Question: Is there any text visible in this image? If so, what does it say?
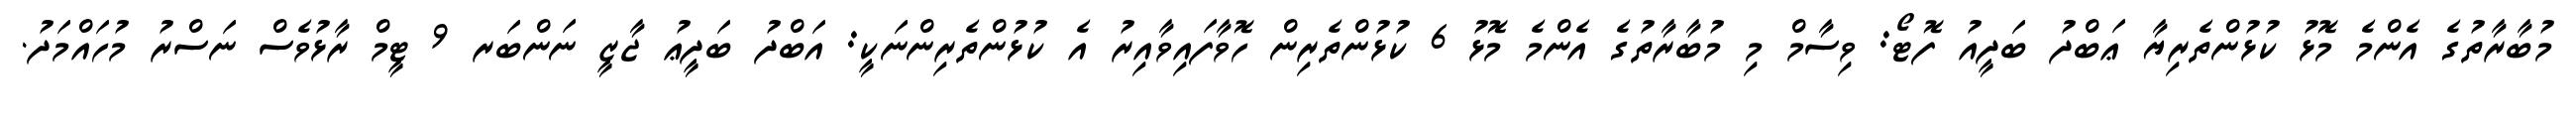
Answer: މުބާރާތުގެ އެންމެ މޮޅު ކުޅުންތެރިޔާ ޢަބްދު ބަދީއު ފޮޓޯ: ވިސާމް މި މުބާރާތުގެ އެންމެ މޮޅު 6 ކުޅުންތެރިން ހޮވާފައިވާއިރު އެ ކުޅުންތެރިންނަކީ: އަބްދު ބަދީޢު ޖާޒީ ނަންބަރ 9 ޓީމް ރާޅުވެސް ނަސްރު މުހައްމަދު.